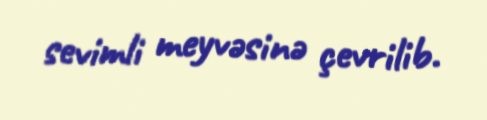
sevimli meyvəsinə çevrilib.